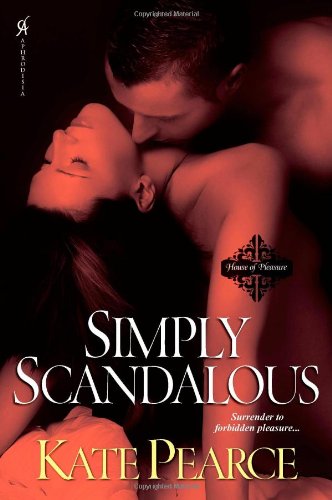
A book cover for Simply Scandalous (House of Pleasure); Pearce Kate; Romance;